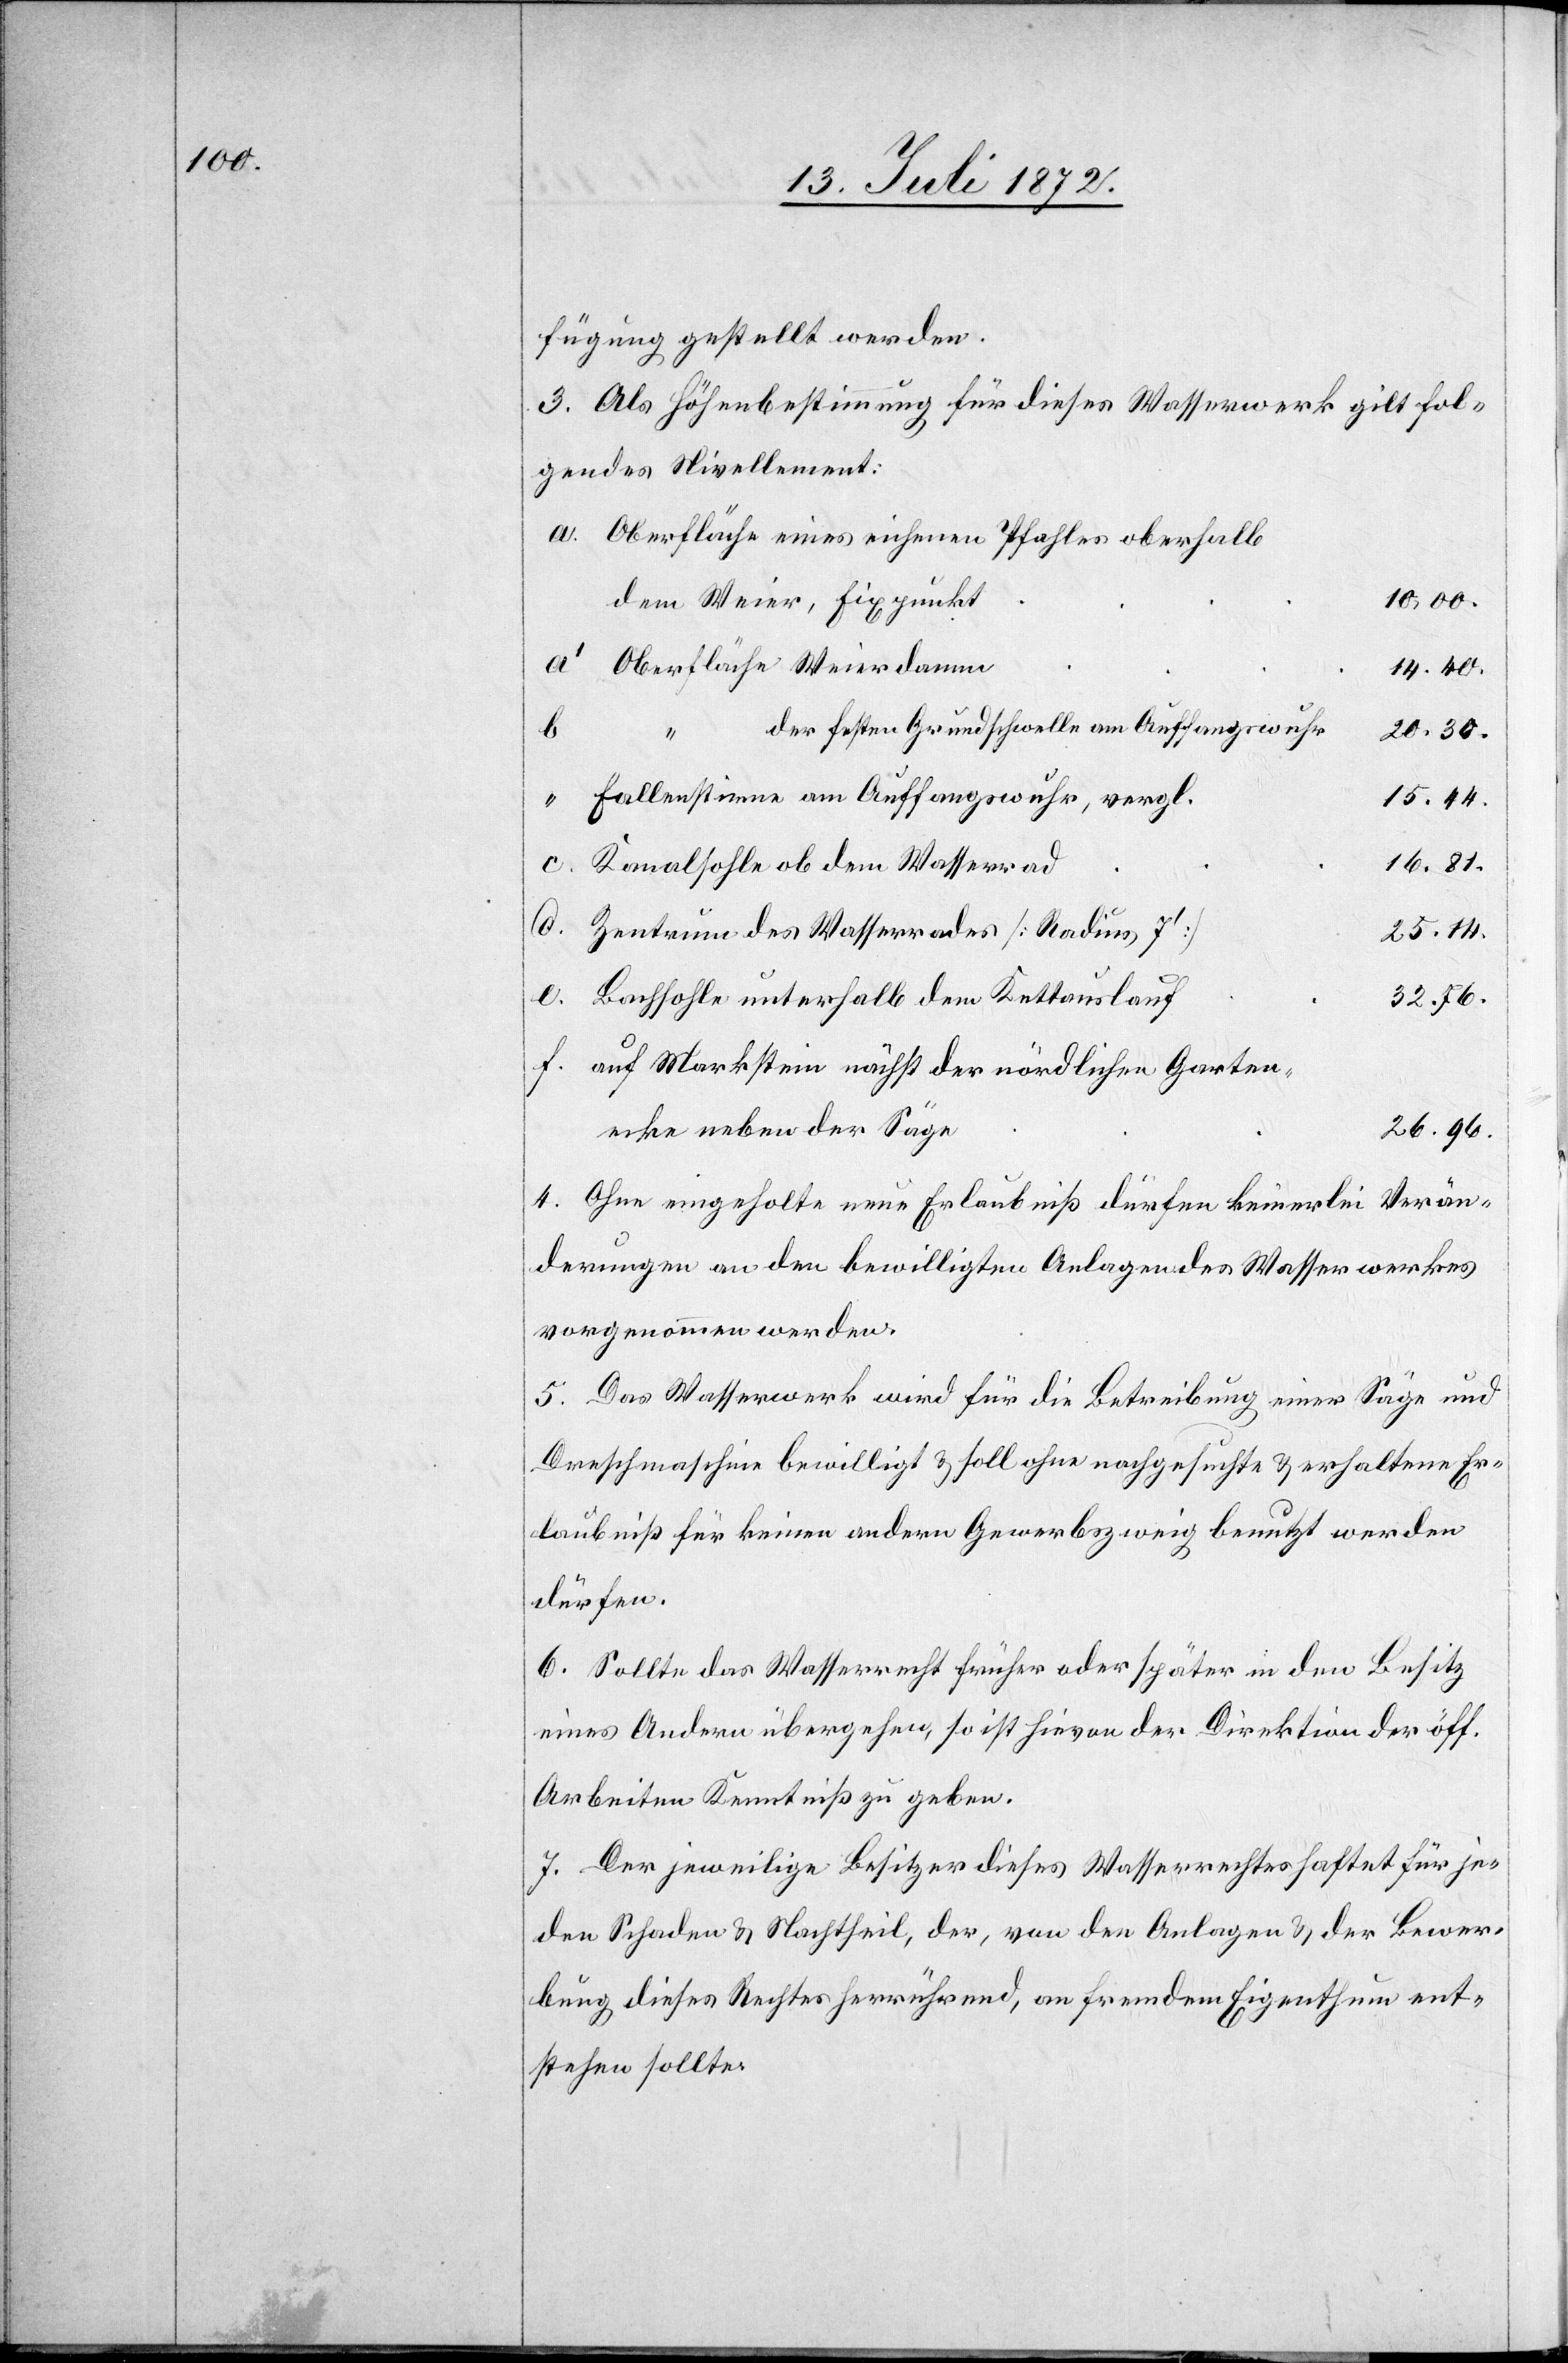
fügung gestellt werden.
3. Als Höhenbestimmung für dieses Wasserwerk gilt fol¬
gendes Nivellement:
Oberfläche eines eichenen Pfahles oberhalb
dem Weier, Fixpunkt
10,00.
Oberfläche Weierdamm
14.40.
der festen Grundschwelle am Auffangswuhr
20.30.
“
Fallenstimne am Auffangswuhr, vergl.
15.44.
c.
16.81.
Kanalsohle ob dem Wasserrad
Zentrum des Wasserrades [Radius 7’]
25.14.
e.
Bachsohle unterhalb dem Kettauslauf
32.76.
auf Markstein nächst der nördlichen Garten¬
ecke neben der Säge
26.96.
4. Ohne eingeholte neue Erlaubniß dürfen keinerlei Verän¬
derungen an den bewilligten Anlagen des Wasserwerkes
vorgenommen werden.
5. Das Wasserwerk wird für die Betreibung einer Säge und
Drehmaschine bewilligt u. soll ohne nachgesuchte u. erhaltene Er¬
laubniß für keinen andern Gewerbszweig benutzt werden
dürfen.
6. Sollte das Wasserrecht früher oder später in den Besitz
eines Andern übergehen, so ist hievon der Direktion der öff.
Arbeiten Kenntniß zu geben.
7. Der jeweilige Besitzer dieses Wasserrechtes haftet für je¬
den Schaden u. Nachtheil, der, von den Anlagen u. der Bewer¬
bung dieses Rechtes herrührend, an fremdem Eigenthum ent¬
stehen sollte.